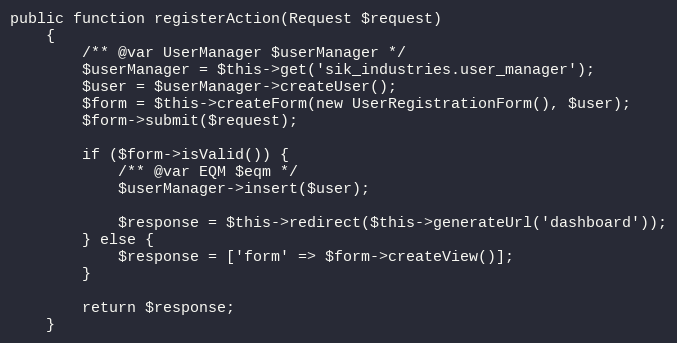
Language: PHP
public function registerAction(Request $request)
    {
        /** @var UserManager $userManager */
        $userManager = $this->get('sik_industries.user_manager');
        $user = $userManager->createUser();
        $form = $this->createForm(new UserRegistrationForm(), $user);
        $form->submit($request);

        if ($form->isValid()) {
            /** @var EQM $eqm */
            $userManager->insert($user);

            $response = $this->redirect($this->generateUrl('dashboard'));
        } else {
            $response = ['form' => $form->createView()];
        }

        return $response;
    }